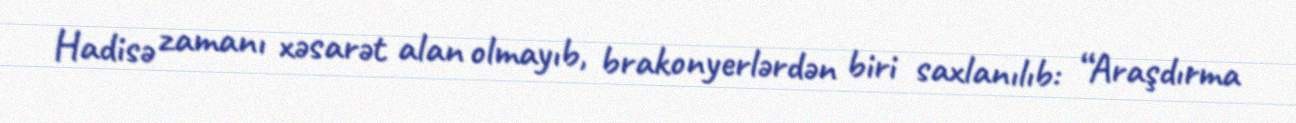
Hadisə zamanı xəsarət alan olmayıb, brakonyerlərdən biri saxlanılıb: “Araşdırma